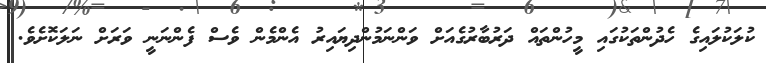
ކުލަކުލައިގެ ހެދުންތަކުގައި މީހުންތައް ދަރުބާރުގެއަށް ވަންނަމުންދިޔައިރު އެންމެން ވެސް ފެންނަނީ ވަރަށް ނަލަކޮށެވެ.